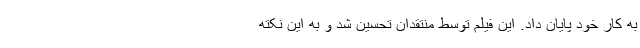
به کار خود پایان داد. این فیلم توسط منتقدان تحسین شد و به این نکته